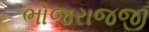
ભોજરાજજી